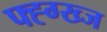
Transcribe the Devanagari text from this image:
फ्ह्ग्ख्ज